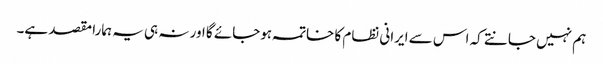
ہم نہیں جانتے کہ اس سے ایرانی نظام کا خاتمہ ہوجائے گا اور نہ ہی یہ ہمارا مقصد ہے۔